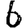
Digit: 6